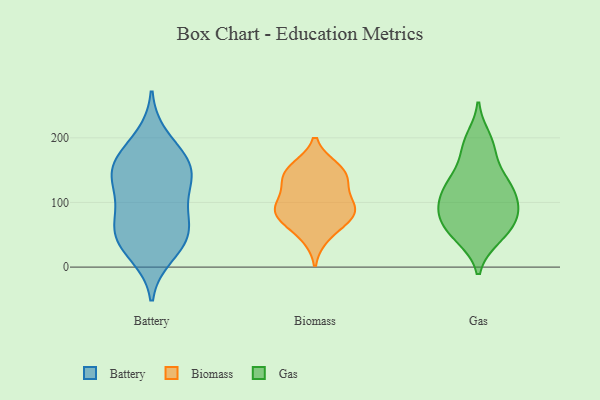
{"axis": {"x": "Churn Rate (%)", "y": "Value"}, "legend": ["Battery", "Biomass", "Gas"], "data": [{"x": "", "y": 149, "type": "Battery"}, {"x": "", "y": 200, "type": "Battery"}, {"x": "", "y": 112, "type": "Battery"}, {"x": "", "y": 78, "type": "Battery"}, {"x": "", "y": 150, "type": "Battery"}, {"x": "", "y": 58, "type": "Battery"}, {"x": "", "y": 161, "type": "Battery"}, {"x": "", "y": 54, "type": "Battery"}, {"x": "", "y": 45, "type": "Battery"}, {"x": "", "y": 37, "type": "Battery"}, {"x": "", "y": 167, "type": "Battery"}, {"x": "", "y": 106, "type": "Battery"}, {"x": "", "y": 20, "type": "Battery"}, {"x": "", "y": 145, "type": "Battery"}, {"x": "", "y": 82, "type": "Biomass"}, {"x": "", "y": 137, "type": "Biomass"}, {"x": "", "y": 100, "type": "Biomass"}, {"x": "", "y": 77, "type": "Biomass"}, {"x": "", "y": 149, "type": "Biomass"}, {"x": "", "y": 94, "type": "Biomass"}, {"x": "", "y": 83, "type": "Biomass"}, {"x": "", "y": 132, "type": "Biomass"}, {"x": "", "y": 49, "type": "Biomass"}, {"x": "", "y": 153, "type": "Biomass"}, {"x": "", "y": 83, "type": "Gas"}, {"x": "", "y": 90, "type": "Gas"}, {"x": "", "y": 50, "type": "Gas"}, {"x": "", "y": 104, "type": "Gas"}, {"x": "", "y": 70, "type": "Gas"}, {"x": "", "y": 95, "type": "Gas"}, {"x": "", "y": 126, "type": "Gas"}, {"x": "", "y": 45, "type": "Gas"}, {"x": "", "y": 145, "type": "Gas"}, {"x": "", "y": 46, "type": "Gas"}, {"x": "", "y": 133, "type": "Gas"}, {"x": "", "y": 188, "type": "Gas"}, {"x": "", "y": 82, "type": "Gas"}, {"x": "", "y": 199, "type": "Gas"}, {"x": "", "y": 119, "type": "Gas"}, {"x": "", "y": 69, "type": "Gas"}, {"x": "", "y": 182, "type": "Gas"}, {"x": "", "y": 127, "type": "Gas"}]}